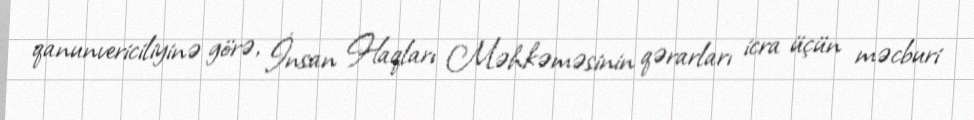
qanunvericiliyinə görə, İnsan Haqları Məhkəməsinin qərarları icra üçün məcburi